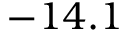
- 1 4 . 1